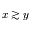
x \gtrsim y